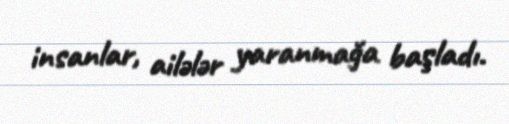
insanlar, ailələr yaranmağa başladı.